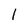
Character: I